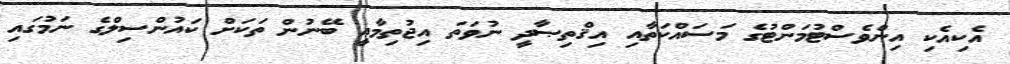
އެކިއެކި އިންވެސްޓުމަންޓުގެ މަސައްކަތާއި އިޤްތިޞާދީ ނުވަތަ އިޖުތިމާޢީ ބޭނުން ތަކަށް ކައުންސިލްގެ ނަމުގައި